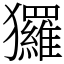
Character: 玀